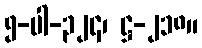
၅-ပါ-၃၂၄၊ ဋ္ဌ-၂၁၈။